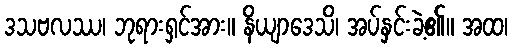
ဒသဗလဿ၊ ဘုရားရှင်အား။ နိယျာဒေသိ၊ အပ်နှင်းခဲ့၏။ အထ၊